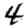
Digit: 4